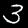
Label: 3